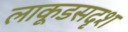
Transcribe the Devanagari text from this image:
लाकूडसदृश